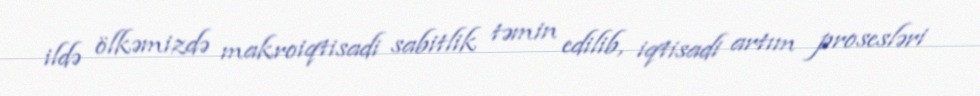
ildə ölkəmizdə makroiqtisadi sabitlik təmin edilib, iqtisadi artım prosesləri